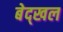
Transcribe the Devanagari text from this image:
बेद्खल